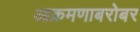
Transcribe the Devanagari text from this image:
आक्रमणाबरोबर